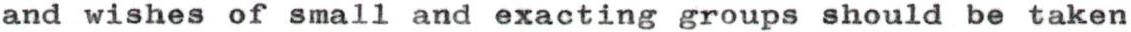
and wishes of small and exacting groups should be taken